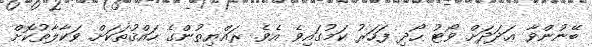
ބޭނުންވާ ޢަދަދަށް ވޯޓު ހޯދި ފަހަރު ކަމުގައިވެ އެވެ. ރައްޔިތުންގެ ހައްޤުތަކަށް ވަކާލާތުކޮށް